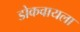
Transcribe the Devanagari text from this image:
डोकवायला